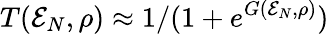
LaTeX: T({\cal E}_{N},\rho)\approx 1/(1+e^{G({\cal E}_{N},\rho)})